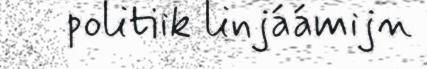
politiik linjáámijn